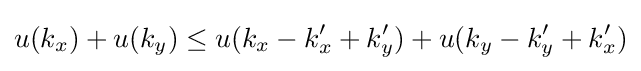
u(k_{x})+u(k_{y})\leq u(k_{x}-k_{x}'+k_{y}')+u(k_{y}-k_{y}'+k_{x}')